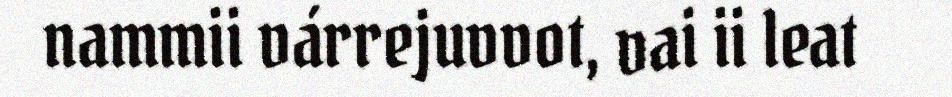
nammii várrejuvvot, vai ii leat